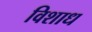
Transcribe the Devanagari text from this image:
विशाध